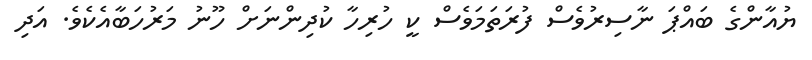
ޔުއާންގެ ބައްޕަ ނާސިރުވެސް ފުރަތަމަވެސް ކީ ހުރިހާ ކުދިންނަށް ހޫނު މަރުހަބާއެކެވެ. އަދި